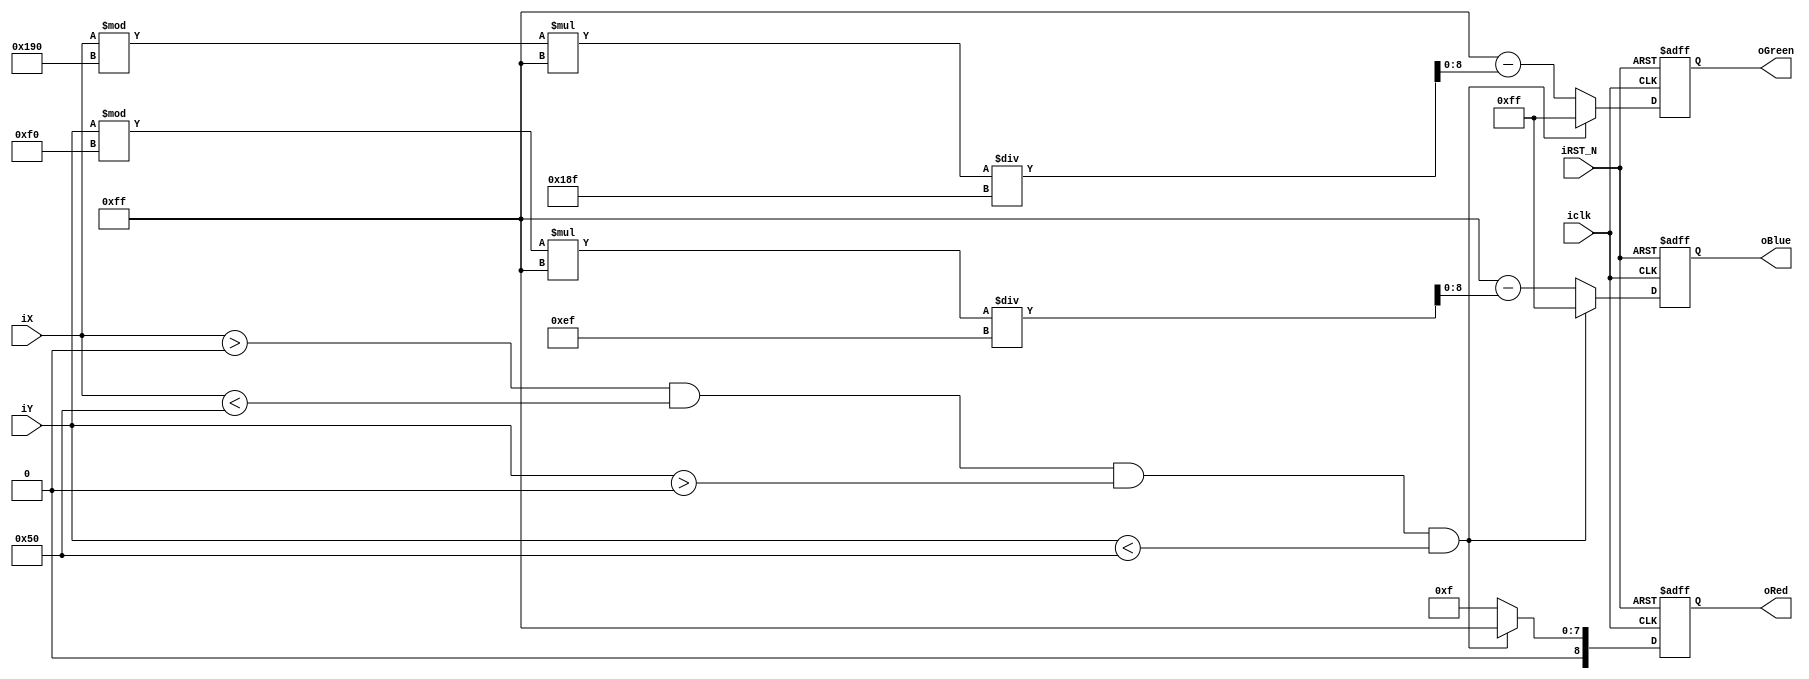
module block_generator(
		iclk,
		iRST_N,
		oRed,
		oGreen,
		oBlue,
		iX,
		iY
	 );

	 //=======================================================
    //  PARAMETER declarations
    //=======================================================
	 parameter 		x_total=	800;
    parameter 		y_total=	480;
    parameter 		ball_size= 80;
    parameter 		ball_xinitial= 0;
    parameter 		ball_yinitial= 0;
	 
	 //=======================================================
    //  PORT declarations
    //=======================================================
    input 				iclk;
	 input				iRST_N;
    input	[10:0] 	iX;
	 input	[10:0]	iY;
    output	[8:0] 	oRed;
	 output  [8:0]		oGreen;
	 output  [8:0]		oBlue;
    reg		[8:0] 	oRed;
	 reg     [8:0]		oGreen;
	 reg     [8:0]		oBlue;

	 //=======================================================
    //  Structural coding
	 //=======================================================
    always@(posedge iclk or negedge iRST_N)
    begin
        if(!iRST_N)
        begin
            oRed<=8'b0000_0000;
            oGreen<=8'b0000_0000;
            oBlue<=8'b0000_0000;
        end
        else if ((iX>ball_xinitial)&&(iX<ball_xinitial+ball_size)&&(iY>ball_yinitial)&&(iY<ball_yinitial+ball_size))
        begin
            oRed<=8'b1111_1111;
            oGreen<=8'b1111_1111;//-iCoord_Y;
            oBlue<=8'b1111_1111;//-iCoord_X;
        end
        else
        begin
            oRed<=8'b0000_1111;
            oGreen<=8'b1111_1111-(iX % 400)*255/399;
            oBlue<=8'b1111_1111-(iY % 240)*255/239;
        end
    end
endmodule